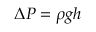
\Delta P = \rho g h